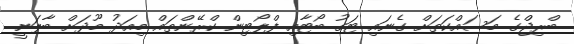
ބްރިޖްގެ މަސައްކަތަށް ގެނައި ޓަގު ބޯޓާއި ފްލޯޓިން ކްރޭންތައް މިއަދު މޫދަށް ބާލަނީ.